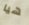
هيا